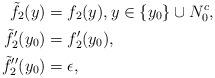
LaTeX: \begin{align*}\tilde f_2(y) &= f_2(y), y \in \{ y_0\} \cup N_0^c, \\\tilde f_2'( y_0) &= f_2'( y_0), \\\tilde f_2''( y_0) &= \epsilon, \end{align*}